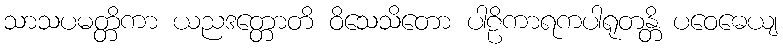
သာသပမတ္တိကာ ယညဒတ္တောတိ ဝိသေသိတော ပါဠိကာရကပါရုတန္တိ ပဝေဓေယျ